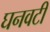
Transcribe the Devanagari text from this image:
घनवटी